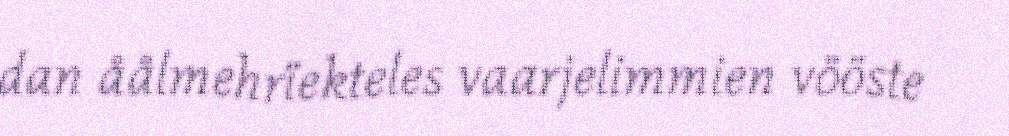
dan åålmehrïekteles vaarjelimmien vööste